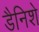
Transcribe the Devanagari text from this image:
डैनिशे